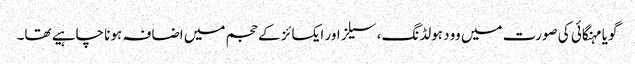
گویا مہنگائی کی صورت میں وود ہولڈنگ، سیلز اور ایکسائز کے حجم میں اضافہ ہونا چاہیے تھا۔